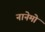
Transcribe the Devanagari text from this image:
नानेमो